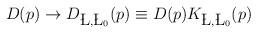
LaTeX: \begin{align*}D(p)\rightarrow D_{\L, \L_0}(p) \equiv D(p) K_{\L, \L_0}(p)\end{align*}